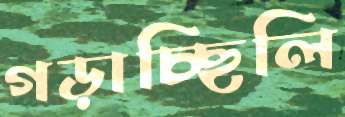
গড়াচ্ছিলি